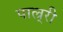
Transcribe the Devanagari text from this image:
पाल्र्री